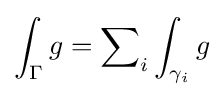
\int _{\Gamma }g=\sum \nolimits _{i}\int _{\gamma _{i}}g